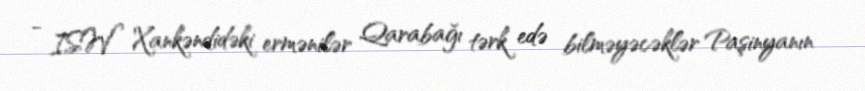
- ISW Xankəndidəki ermənilər Qarabağı tərk edə bilməyəcəklər Paşinyanın